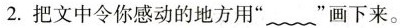
2.把文中令你感动的地方用”﹏”画下来。